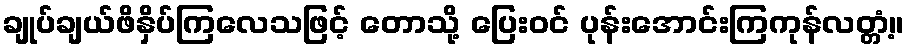
ချုပ်ချယ်ဖိနှိပ်ကြလေသဖြင့် တောသို့ ပြေးဝင် ပုန်းအောင်းကြကုန်လတ္တံ့။